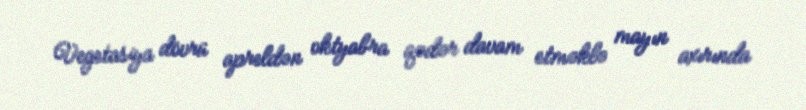
Vegetasiya dövrü apreldən oktyabra qədər davam etməklə mayın axırında